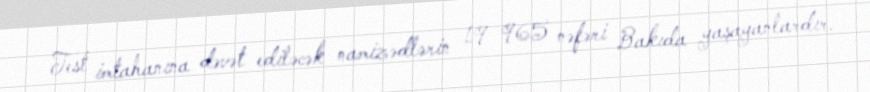
Test imtahanına dəvət ediləcək namizədlərin 19 965 nəfəri Bakıda yaşayanlardır.